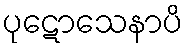
ပုဋောသေနာပိ